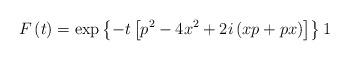
LaTeX: \begin{align*}F\left( t\right) =\exp \left\{ -t\left[ p^{2}-4x^{2}+2i\left( xp+px\right)\right] \right\} 1\end{align*}